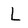
Character: L